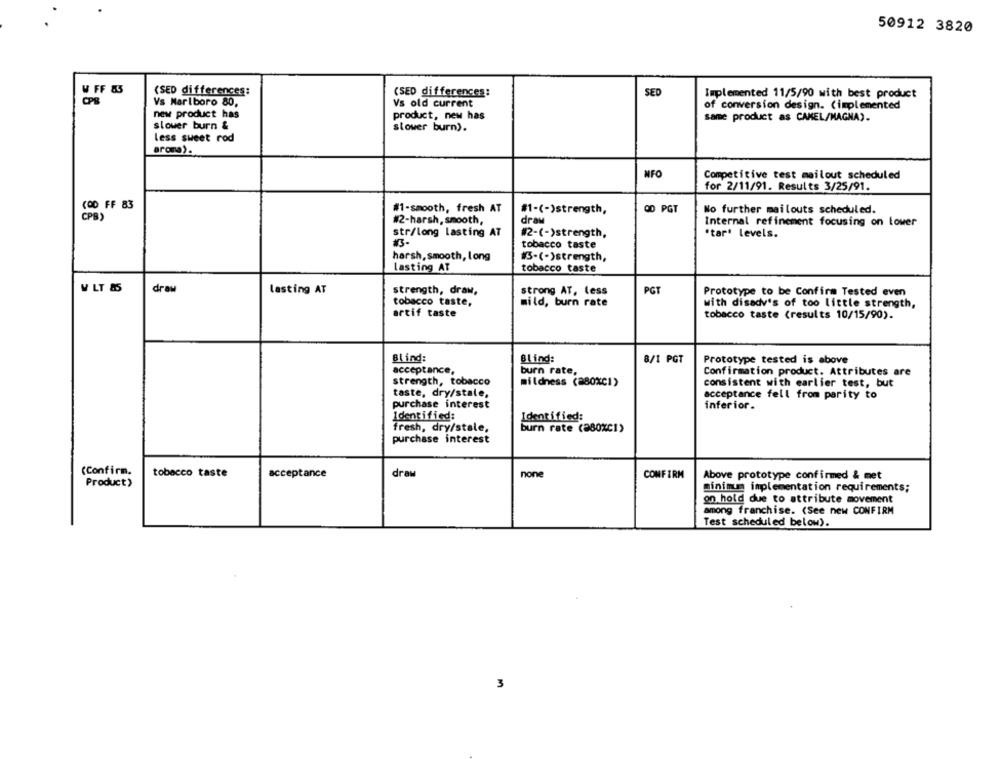
50912 3820
W FF &3
(SED differences:
SED
(SED differences:
Implemented 11/5/90 with best product
CPE
Vs Marlboro 80,
Vs old current
of conversion design. (implemented
new product has
product, new has
same product as CAMEL/MAGNA).
slower burn &
stower burn).
less sweet rod
arora).
NFO
Competitive test mailout scheduled
for 2/11/91. Results 3/25/91.
(00 FF 83
#1-smooth, fresh AT
#1-(-)strength,
OD PGT
No further mailouts scheduled.
CPB)
#2-harsh, smooth,
draw
Internal refinement focusing on lower
str/long lasting AT
#2-(-)strength,
"tar' levels.
tobacco taste
harsh, smooth, long
#3-(-)strength,
lasting AT
tobacco taste
W LT 85
draw
lasting AT
strength, draw,
strong AT, Less
PGT
Prototype to be Confirm Tested even
tobacco taste,
mild, burn rate
with disadv's of too little strength,
artif taste
tobacco taste (results 10/15/90).
Blind:
Blind:
8/1 PGT
Prototype tested is above
acceptance,
burn rate,
Confirmation product. Attributes are
strength, tobacco
mildness (280XC1)
consistent with earlier test, but
taste, dry/stale,
acceptance fell from parity to
purchase interest
inferior.
Identified:
Identified:
fresh, dry/stale,
burn rate (280%C1)
purchase interest
(Confirm.
tobacco taste
acceptance
draw
none
CONFIRM
Above prototype confirmed & met
Product)
minimum implementation requirements;
on hold due to attribute movement
among franchise. (See new CONFIRM
Test scheduled below).
3